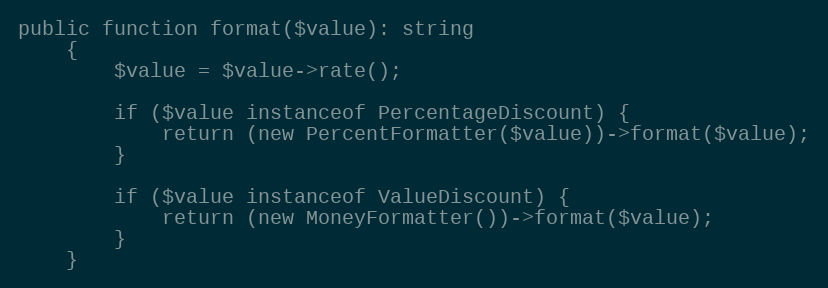
Language: PHP
public function format($value): string
    {
        $value = $value->rate();

        if ($value instanceof PercentageDiscount) {
            return (new PercentFormatter($value))->format($value);
        }

        if ($value instanceof ValueDiscount) {
            return (new MoneyFormatter())->format($value);
        }
    }